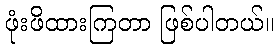
ဖုံးဖိထားကြတာ ဖြစ်ပါတယ်။